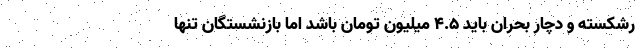
رشکسته و دچار بحران باید ۴.۵ میلیون تومان باشد اما بازنشستگانِ تنها